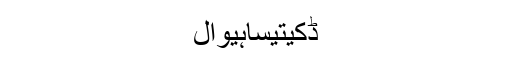
ڈکیتیساہیوال